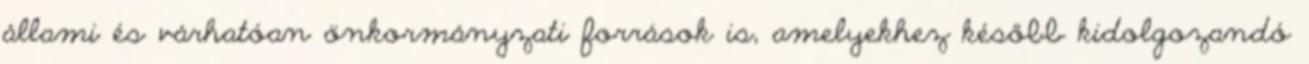
állami és várhatóan önkormányzati források is, amelyekhez később kidolgozandó